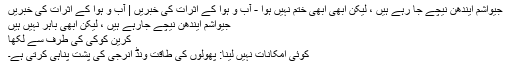
جیواشم ایندھن نیچے جا رہے ہیں ، لیکن ابھی ابھی ختم نہیں ہوا - آب و ہوا کے اثرات کی خبریں | آب و ہوا کے اثرات کی خبریں
جیواشم ایندھن نیچے جارہے ہیں ، لیکن ابھی باہر نہیں ہیں
کرین کوکی کی طرف سے لکھا
کوئی امکانات نہیں لینا: پھولوں کی طاقت ونڈ انرجی کی پشت پناہی کرتی ہے۔